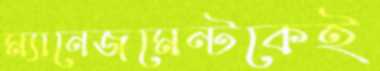
ম্যানেজমেন্টকেই